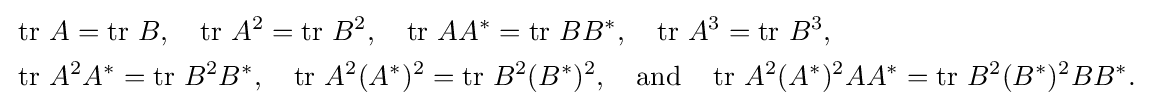
{\begin{aligned}&\operatorname {tr} \,A=\operatorname {tr} \,B,\quad \operatorname {tr} \,A^{2}=\operatorname {tr} \,B^{2},\quad \operatorname {tr} \,AA^{*}=\operatorname {tr} \,BB^{*},\quad \operatorname {tr} \,A^{3}=\operatorname {tr} \,B^{3},\\&\operatorname {tr} \,A^{2}A^{*}=\operatorname {tr} \,B^{2}B^{*},\quad \operatorname {tr} \,A^{2}(A^{*})^{2}=\operatorname {tr} \,B^{2}(B^{*})^{2},\quad {\text{and}}\quad \operatorname {tr} \,A^{2}(A^{*})^{2}AA^{*}=\operatorname {tr} \,B^{2}(B^{*})^{2}BB^{*}.\end{aligned}}